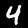
Digit: 4